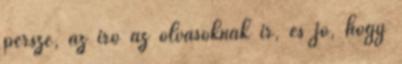
persze, az író az olvasóknak ír, és jó, hogy